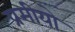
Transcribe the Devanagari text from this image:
प्रमीयो